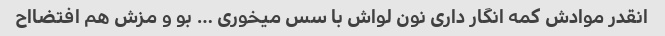
انقدر موادش کمه انگار داری نون لواش با سس میخوری … بو و مزش هم افتضااح